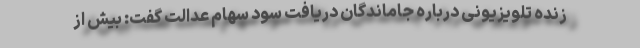
زنده تلویزیونی درباره جاماندگان دریافت سود سهام عدالت گفت: بیش از